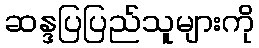
ဆန္ဒပြပြည်သူများကို